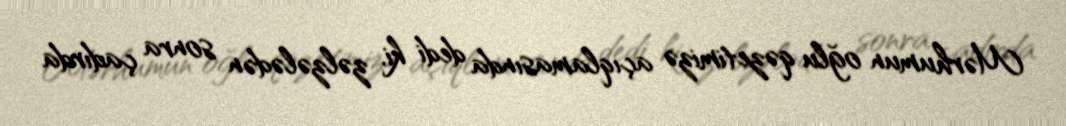
Mərhumun oğlu qəzetimizə açıqlamasında dedi ki, zəlzələdən sonra çadırda